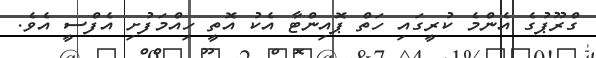
ގްރޫޕުގެ އެންމެ ކުރީގައި ހަތް ޕޮއިންޓާ އެކު އޮތީ ހިއްމަފުށި އެފްސީ އެވެ.